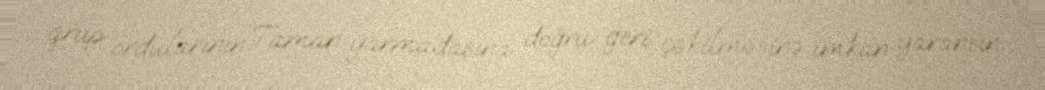
qrup ordularının Taman yarmadasına doğru geri çəkilməsinə imkan yaransın.